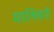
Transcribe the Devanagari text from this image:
मालिकों।